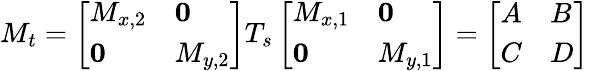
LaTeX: M_{t}=\left[\begin{array}{ll}{M_{x,2}}&{\mathbf{0}}\\ {\mathbf{0}}&{M_{y,2}}\end{array}\right]T_{s}\left[\begin{array}{ll}{M_{x,1}}&{\mathbf{0}}\\ {\mathbf{0}}&{M_{y,1}}\end{array}\right]=\left[\begin{array}{ll}{A}&{B}\\ {C}&{D}\end{array}\right]